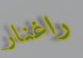
راغنار